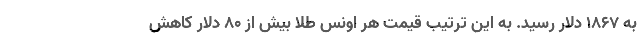
به ۱۸۶۷ دلار رسید. به این ترتیب قیمت هر اونس طلا بیش از ۸۰ دلار کاهش